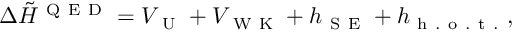
\Delta \tilde { H } ^ { \mathrm { ~ Q ~ E ~ D ~ } } = V _ { \mathrm { ~ U ~ } } + V _ { \mathrm { ~ W ~ K ~ } } + h _ { \mathrm { ~ S ~ E ~ } } + h _ { \mathrm { ~ h ~ . ~ o ~ . ~ t ~ . ~ } } ,